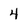
Character: 4